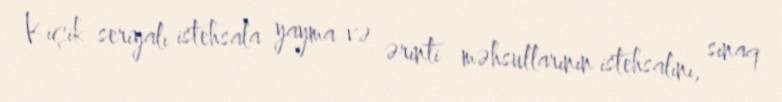
Kiçik seriyalı istehsala yayma və ərinti məhsullarının istehsalını, sınaq